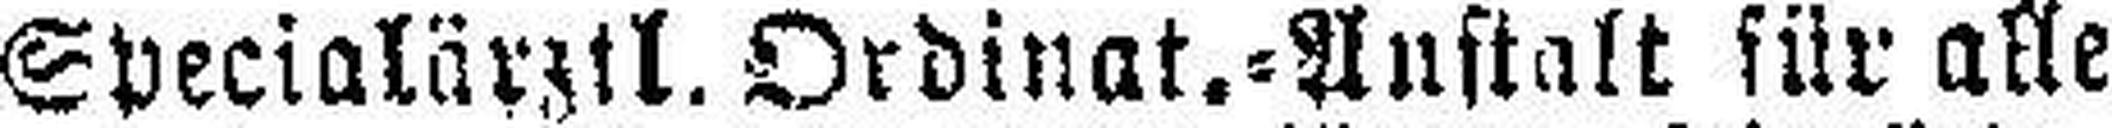
Specialärztl. Ordinat.=Anstalt für alle